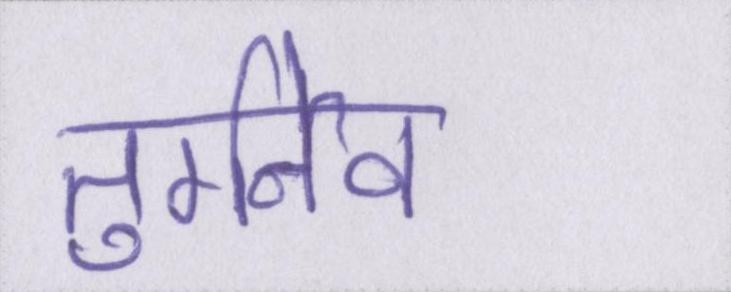
तुर्गनेव